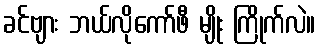
ခင်ဗျား ဘယ်လိုကော်ဖီ မျိုး ကြိုက်လဲ။